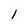
Character: 1